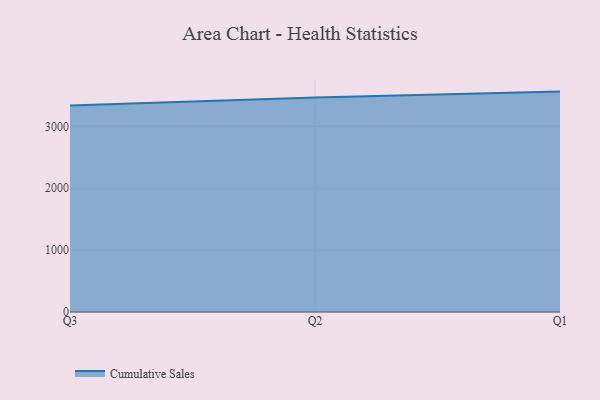
{"axis": {"x": "Quarter", "y": "Inventory Turnover"}, "legend": ["Cumulative Sales"], "data": [{"x": "Q3", "y": 3336.5, "type": "Cumulative Sales"}, {"x": "Q2", "y": 3465.3, "type": "Cumulative Sales"}, {"x": "Q1", "y": 3562.6, "type": "Cumulative Sales"}]}